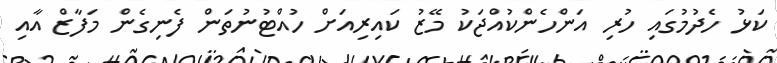
ކަޅު ހެދުމުގައި ހުރި އަންހެންކުއްޖަކު މޭޒު ކައިރިއަށް ހުއްޓުނުތަން ފެނިގެން މަފާޒް އާއި